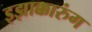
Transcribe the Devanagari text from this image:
इझाक्कारुंग